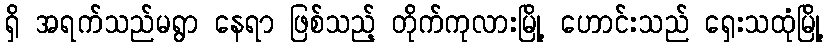
ရှိ အရက်သည်မရွာ နေရာ ဖြစ်သည့် တိုက်ကုလားမြို့ ဟောင်းသည် ရှေးသထုံမြို့